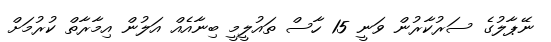
ނޭޕާލުގެ ސަރުކާރުން ވަނީ 15 ހާސް ތައުލީމީ ބިނާއެއް އަލުން އިމާރާތް ކުރުމަށް